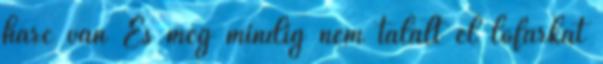
harc van És még mindig nem talált el lófarkat